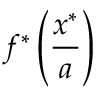
f ^ { * } \left( { \frac { x ^ { * } } { a } } \right)